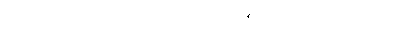
မေတ္တာ၊ ကရုဏာ၊ မုဒိတာ စသည်တို့၏ တည်ရာ ဖြစ်သည်။